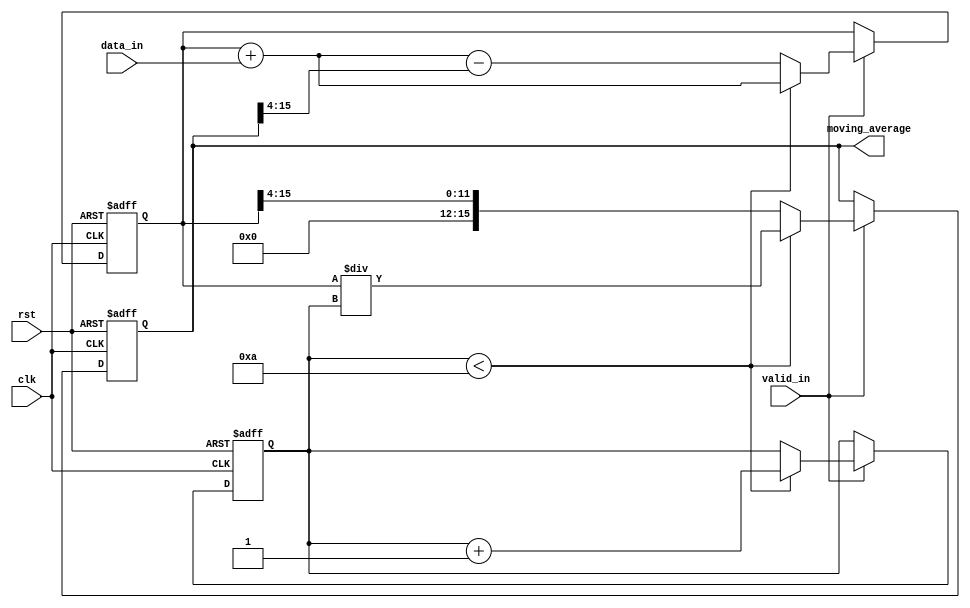
module Moving_Average_Accumulator (
    input wire clk,
    input wire rst,
    input wire [7:0] data_in,
    input wire valid_in,
    output reg [15:0] moving_average
);

reg [15:0] sum;
reg [7:0] count;

always @ (posedge clk or posedge rst) begin
    if (rst) begin
        sum <= 16'h0000;
        count <= 8'h00;
    end else if (valid_in) begin
        if (count < 8'h0A) begin
            sum <= sum + data_in;
            count <= count + 1;
        end else begin
            sum <= (sum + data_in) - (moving_average >> 4);
        end
    end
end

always @ (posedge clk or posedge rst) begin
    if (rst) begin
        moving_average <= 16'h0000;
    end else if (valid_in) begin
        if (count < 8'h0A) begin
            moving_average <= sum / count;
        end else begin
            moving_average <= sum >> 4;
        end
    end
end

endmodule